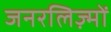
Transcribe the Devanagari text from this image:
जनरलिज़्मों